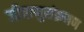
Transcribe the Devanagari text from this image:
जीवाणुसंक्रमण